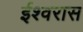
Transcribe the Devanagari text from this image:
ईश्वरास